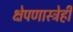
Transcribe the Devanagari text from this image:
क्षेपणास्त्रेही